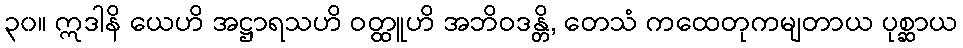
၃၀။ ဣဒါနိ ယေဟိ အဋ္ဌာရသဟိ ဝတ္ထူဟိ အဘိဝဒန္တိ, တေသံ ကထေတုကမျတာယ ပုစ္ဆာယ